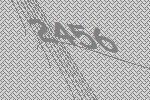
2456